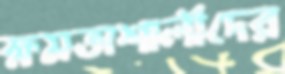
ক্ষমতাশালীদের